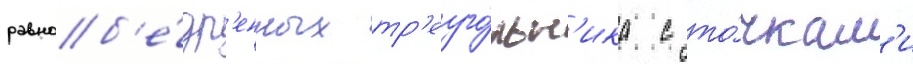
равноб'е́др'енных тр'еуго́льн'ика с то́чкам'и